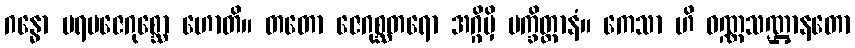
ဂန္ဓော ပရမဇေဂုစ္ဆော ဟောတိ။ တတော ဇေဂုစ္ဆတရော အဂ္ဂိမှိ ပက္ခိတ္တာနံ။ ကေသာ ဟိ ဝဏ္ဏသဏ္ဌာနတော